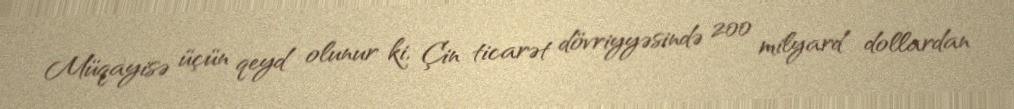
Müqayisə üçün qeyd olunur ki, Çin ticarət dövriyyəsində 200 milyard dollardan